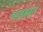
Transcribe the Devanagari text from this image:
चाहबहार